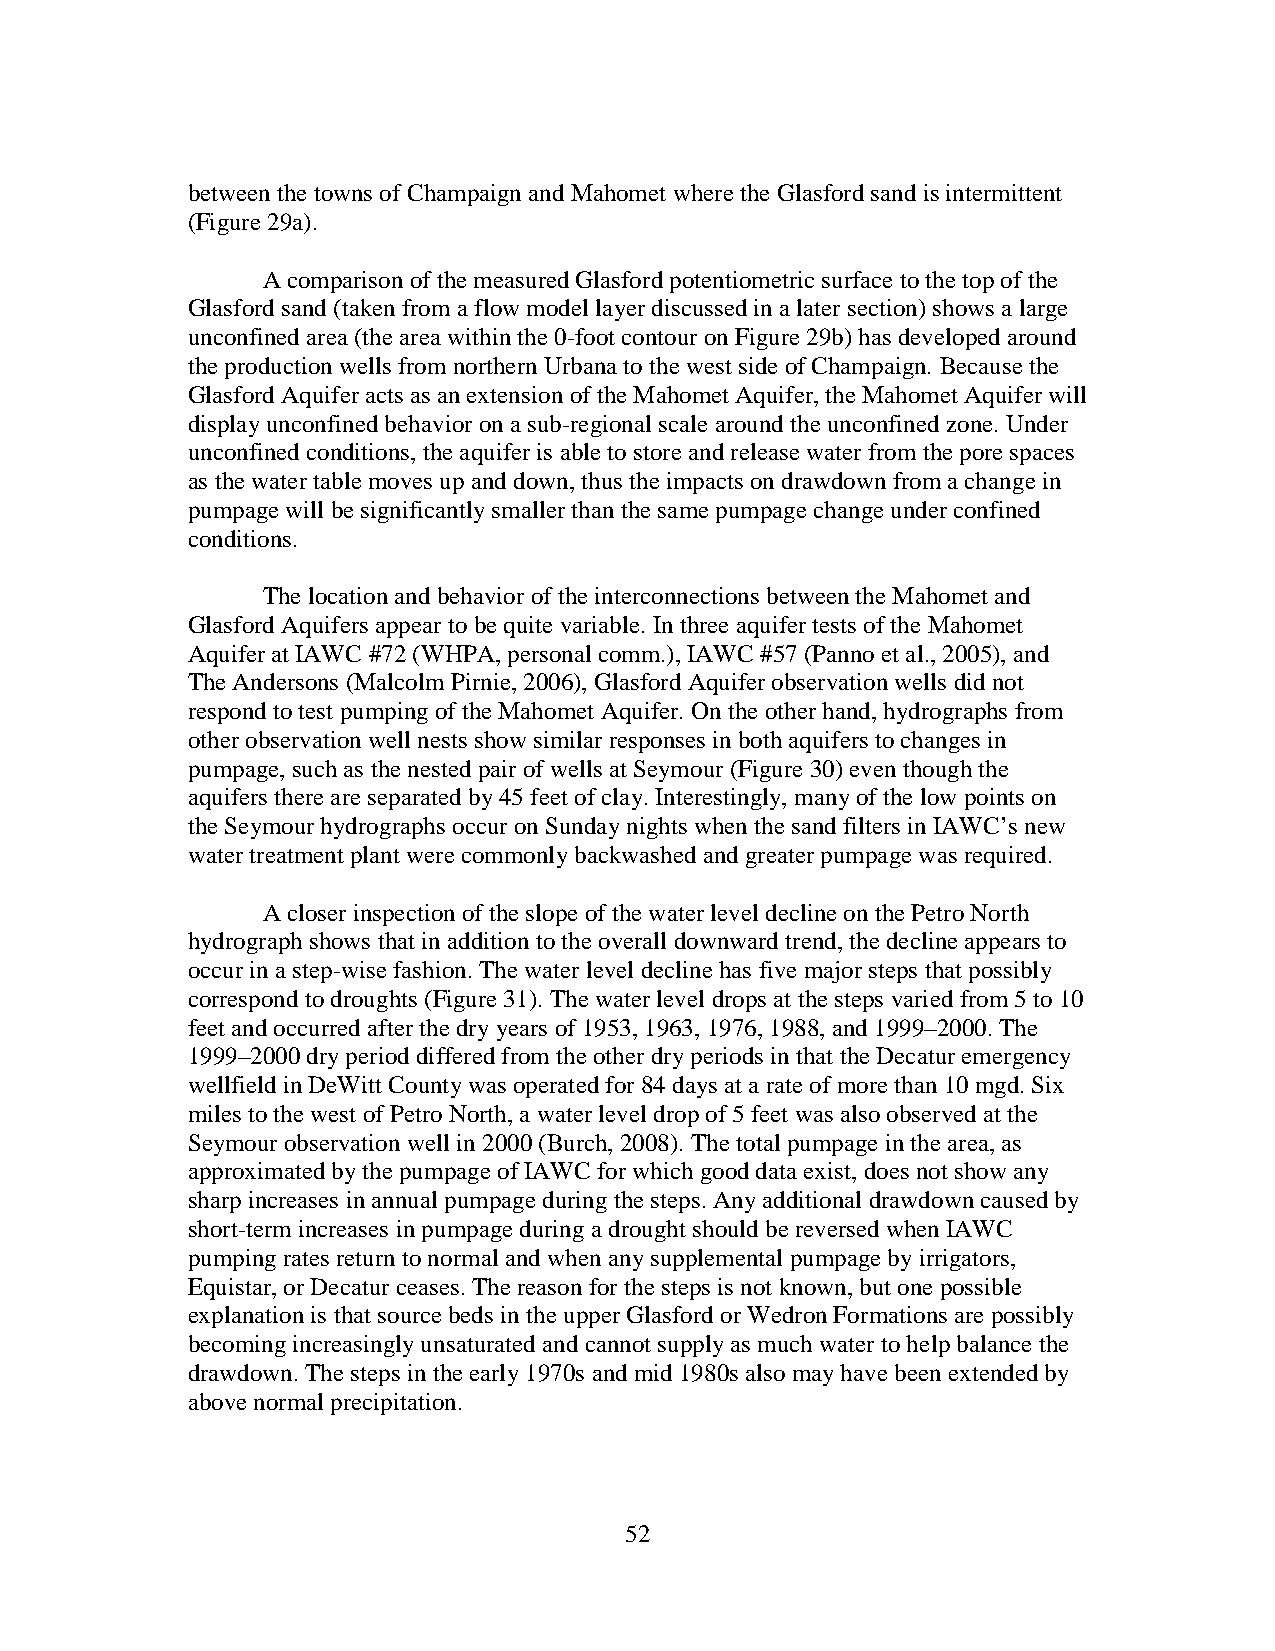
between the towns of Champaign and Mahomet where the Glasford sand is intermittent
 (Figure 29a).
 A comparison of the measured Glasford potentiometric surface to the top of the
 Glasford sand (taken from a flow model layer discussed in a later section) shows a large
 unconfined area (the area within the 0-foot contour on Figure 29b) has developed around
 the production wells from northern Urbana to the west side of Champaign. Because the
 Glasford Aquifer acts as an extension of the Mahomet Aquifer, the Mahomet Aquifer will
 display unconfined behavior on a sub-regional scale around the unconfined zone. Under
 unconfined conditions, the aquifer is able to store and release water from the pore spaces
 as the water table moves up and down, thus the impacts on drawdown from a change in
 pumpage will be significantly smaller than the same pumpage change under confined
 conditions.
 The location and behavior of the interconnections between the Mahomet and
 Glasford Aquifers appear to be quite variable. In three aquifer tests of the Mahomet
 Aquifer at IAWC #72 (WHPA, personal comm.), IAWC #57 (Panno et al., 2005), and
 The Andersons (Malcolm Pirnie, 2006), Glasford Aquifer observation wells did not
 respond to test pumping of the Mahomet Aquifer. On the other hand, hydrographs from
 other observation well nests show similar responses in both aquifers to changes in
 pumpage, such as the nested pair of wells at Seymour (Figure 30) even though the
 aquifers there are separated by 45 feet of clay. Interestingly, many of the low points on
 the Seymour hydrographs occur on Sunday nights when the sand filters in IAWC’s new
 water treatment plant were commonly backwashed and greater pumpage was required.
 A closer inspection of the slope of the water level decline on the Petro North
 hydrograph shows that in addition to the overall downward trend, the decline appears to
 occur in a step-wise fashion. The water level decline has five major steps that possibly
 correspond to droughts (Figure 31). The water level drops at the steps varied from 5 to 10
 feet and occurred after the dry years of 1953, 1963, 1976, 1988, and 1999–2000. The
 1999–2000 dry period differed from the other dry periods in that the Decatur emergency
 wellfield in DeWitt County was operated for 84 days at a rate of more than 10 mgd. Six
 miles to the west of Petro North, a water level drop of 5 feet was also observed at the
 Seymour observation well in 2000 (Burch, 2008). The total pumpage in the area, as
 approximated by the pumpage of IAWC for which good data exist, does not show any
 sharp increases in annual pumpage during the steps. Any additional drawdown caused by
 short-term increases in pumpage during a drought should be reversed when IAWC
 pumping rates return to normal and when any supplemental pumpage by irrigators,
 Equistar, or Decatur ceases. The reason for the steps is not known, but one possible
 explanation is that source beds in the upper Glasford or Wedron Formations are possibly
 becoming increasingly unsaturated and cannot supply as much water to help balance the
 drawdown. The steps in the early 1970s and mid 1980s also may have been extended by
 above normal precipitation.
 52